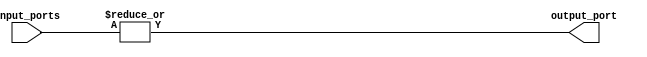
module multibit_or_gate(
    input [63:0] input_ports,
    output reg output_port
);

always @(*) begin
    output_port = |input_ports;
end

endmodule